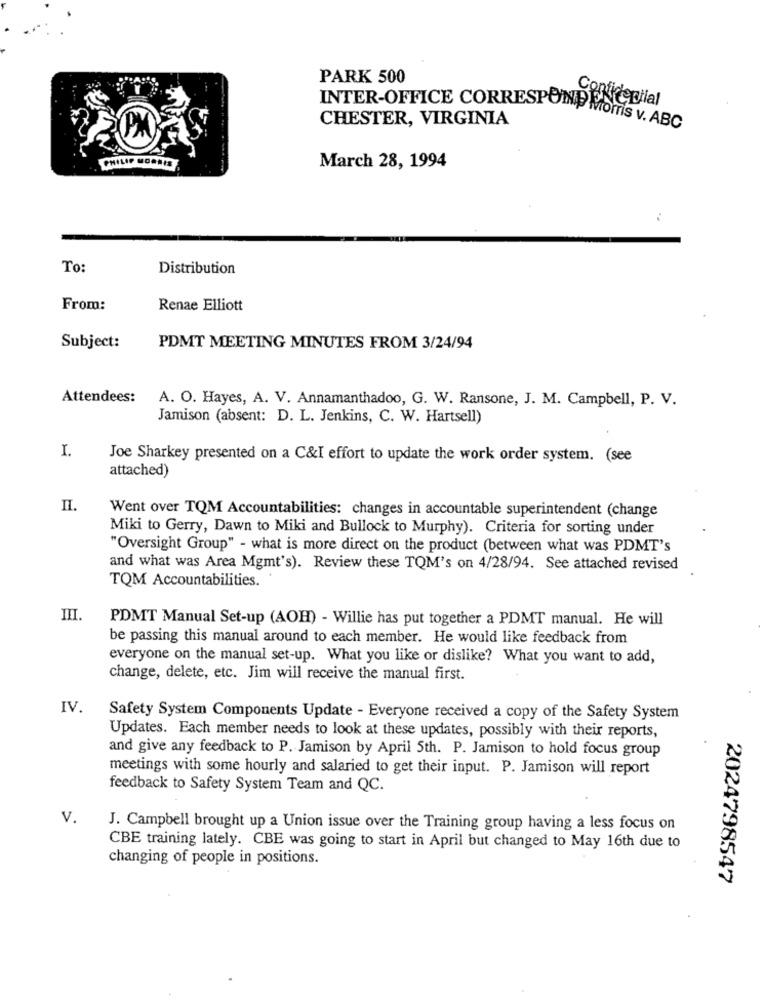
PARK 500
Contideglial
INTER-OFFICE CORRESPOND Moms v. ABC
CHESTER, VIRGINIA
PHILIP MORRIS
March 28, 1994
To:
Distribution
From:
Renae Elliott
Subject:
PDMT MEETING MINUTES FROM 3/24/94
Attendees: A. O. Hayes, A. V. Annamanthadoo, G. W. Ransone, J. M. Campbell, P. V.
Jamison (absent: D. L. Jenkins, C. W. Hartsell)
I.
Joe Sharkey presented on a C&I effort to update the work order system. (see
attached)
п.
Went over TQM Accountabilities: changes in accountable superintendent (change
Miki to Gerry, Dawn to Miki and Bullock to Murphy). Criteria for sorting under
"Oversight Group" - what is more direct on the product (between what was PDMT's
and what was Area Mgmt's). Review these TOM's on 4/28/94. See attached revised
TQM Accountabilities.
PDMT Manual Set-up (AOH) - Willie has put together a PDMT manual. He will
be passing this manual around to each member. He would like feedback from
everyone on the manual set-up. What you like or dislike? What you want to add,
change, delete, etc. Jim will receive the manual first.
IV
Safety System Components Update - Everyone received a copy of the Safety System
Updates. Each member needs to look at these updates, possibly with their reports,
and give any feedback to P. Jamison by April 5th. P. Jamison to hold focus group
meetings with some hourly and salaried to get their input. P. Jamison will report
feedback to Safety System Team and QC.
V.
J. Campbell brought up a Union issue over the Training group having a less focus on
CBE training lately. CBE was going to start in April but changed to May 16th due to
changing of people in positions.
2024798547